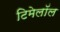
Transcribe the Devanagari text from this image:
टिमेलॉल